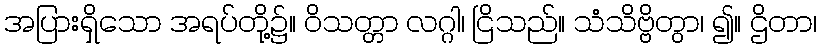
အပြားရှိသော အရပ်တို့၌။ ဝိသတ္တာ လဂ္ဂါ၊ ငြိသည်။ သံသိဗ္ဗိတွာ၊ ၍။ ဌိတာ၊